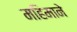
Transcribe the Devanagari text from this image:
महिमाने